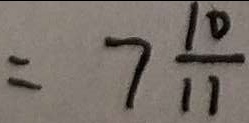
= 7 \frac { 1 0 } { 1 1 }